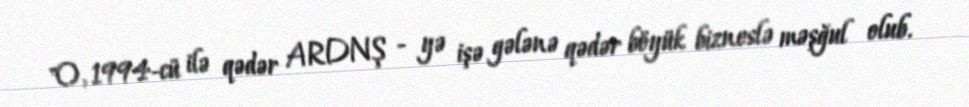
"O, 1994-cü ilə qədər ARDNŞ - yə işə gələnə qədər böyük bizneslə məşğul olub.